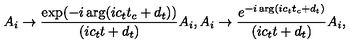
A _ { i } \rightarrow { \frac { \exp ( - i \arg ( i c _ { t } t _ { c } + d _ { t } ) ) } { ( i c _ { t } t + d _ { t } ) } } A _ { i } , A _ { i } \rightarrow { \frac { e ^ { - i \arg ( i c _ { t } t _ { c } + d _ { t } ) } } { ( i c _ { t } t + d _ { t } ) } } A _ { i } ,